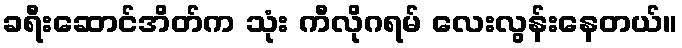
ခရီးဆောင်အိတ်က သုံး ကီလိုဂရမ် လေးလွန်းနေတယ်။